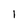
Character: 1